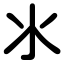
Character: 氺